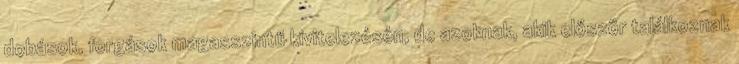
dobások, forgások magasszintű kivitelezésén, de azoknak, akik először találkoznak